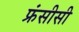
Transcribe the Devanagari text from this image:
फ्रंसीसी